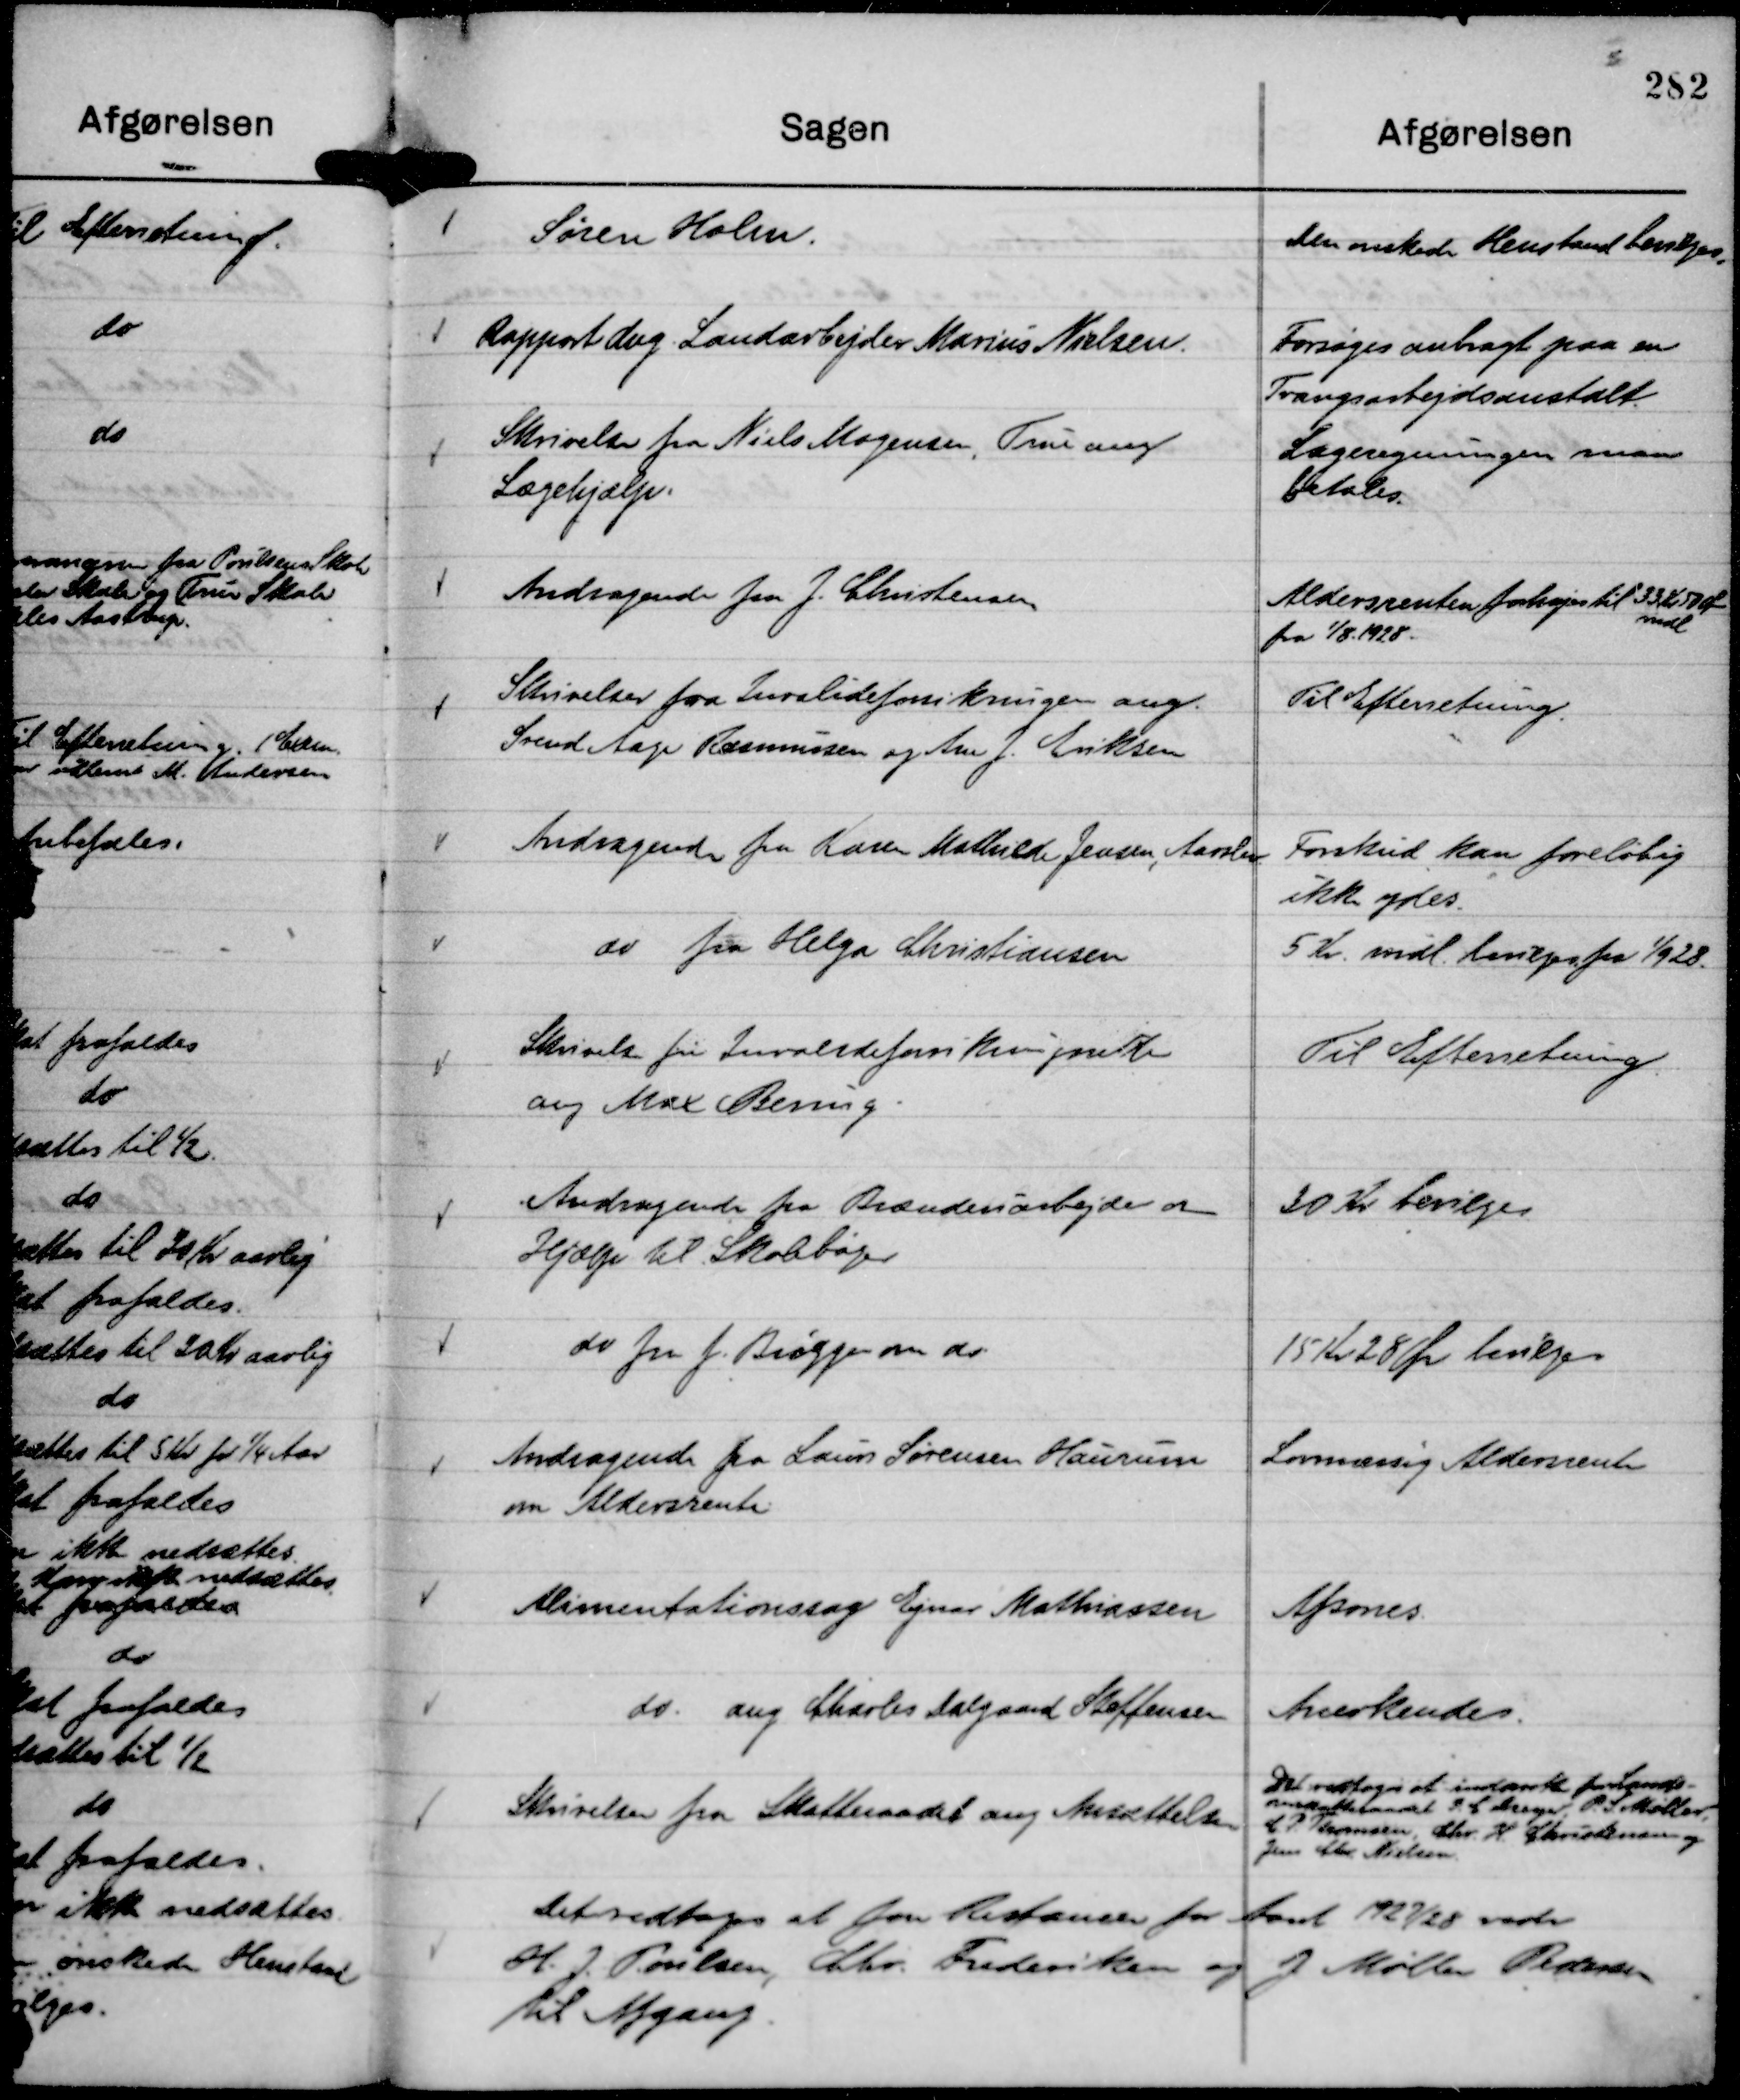
Transskription:
Søren Holm.

Den ønskede Henstand bevilges.

Rapport ang. Landarbejder Marius Nielsen.

Forsøges anbragt paa en
Tvangsarbejdsanstalt.

Skrivelse fra Niels Mogensen, True ang
Lægehjælp.

Lægeregningen maa
betales.

Andragende fra J. Christensen

Aldersrenten forhøjes til 33 Kr 50 Øre
mdl.
fra 1/8. 1928.

Skrivelse fra Invalideforsikringen ang.
Svend Aage Rasmussen og Ane J. Eriksen

Til Efterretning.

Andragende fra Karen Mathilde Jensen, Aarslev.

Forskud kan foreløbig
ikke ydes.

do fra Helga Christiansen

5 Kr. mdl. bevilges fra

1/9 28.

Skrivelse fra Invalideforsikringsretten
ang Max Bering.

Til Efterretning.

Andragende fra Brænderiarbejder om
Hjælp til Skolebøger

30 Kr bevilges

do fra J. Brøgger om do.

15 Kr 28 Ør bevilges

Andragende fra Laurs Sørensen Haurum
om Aldersrente

Lovmæssig Aldersrente

Alimentationssag Ejnar Mathiassen

Afsones.

do. ang Charles Dalgaard Steffensen

Anerkendes.

Skrivelser fra Skatteraadet ang Ansættelser

Det vedtoges at indanke for Lands-
overskatteraadet P. C Dreyer, P. S. Møller,
C. P. Thomsen, Chr. H. Christensen og
Jens Chr. Nielsen.

Det vedtoges at føre Restancer for Aaret 1927/28 vedr
H. J. Poulsen, Chr. Frederiksen og J Møller Pedersen
til Afgang.